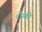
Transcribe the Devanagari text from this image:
रोग्की